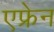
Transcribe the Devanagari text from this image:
एफ्रेन